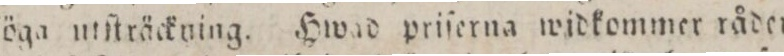
föga utſträckning. Hwid priſerna widkommer råder